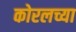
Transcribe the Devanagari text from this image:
कोरलच्या